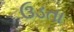
ઉડતા